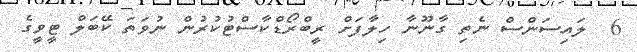
6  ލައިސަންސް ނެތި ގާނޫނާ ހިލާފަށް ރީބްރޯޑްކާސްޓުކުރުން ނުވަތަ ކޭބަލް ޓީވީގެ